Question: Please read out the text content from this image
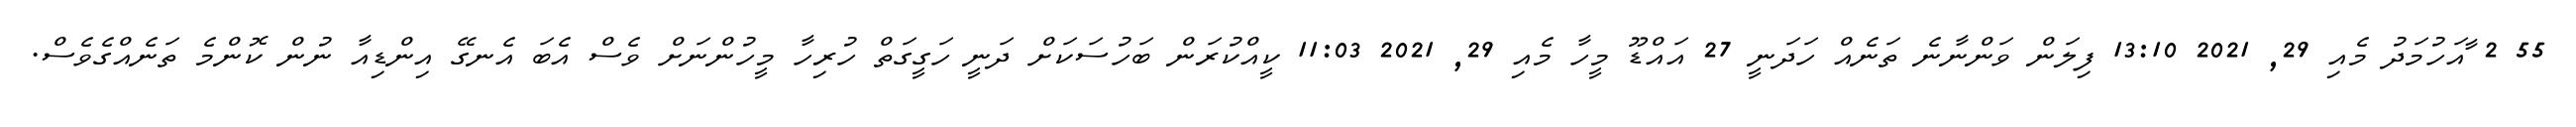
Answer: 55 2 ާއަހުމަދު މެއި 29, 2021 13:10 ފިލަން ވަންނާނެ ތަނެއް ހަދަނީ 27 އައްޑޫ މީހާ މެއި 29, 2021 11:03 ކީއްކުރަން ބަހުސަކަށް ދަނީ ހަގީގަތް ހުރިހާ މީހުންނަށް ވެސް އެބަ އެނގޭ އިންޑިއާ ނުން ކޮންމެ ތަނެއްގެވެސް.